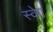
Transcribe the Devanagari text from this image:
स्वेग